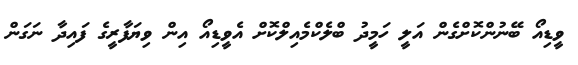
ވީޑިއޯ ބޭނުންކޮށްގެން އަލީ ހަމީދު ބްލެކްމެއިލްކޮށް އެވީޑިއޯ އިން ވިޔަފާރީގެ ފައިދާ ނަގަން